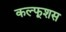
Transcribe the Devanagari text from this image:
कल्फूशस